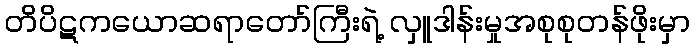
တိပိဋကယောဆရာတော်ကြီးရဲ့ လှူဒါန်းမှုအစုစုတန်ဖိုးမှာ